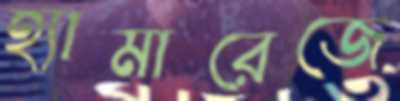
হ্যামারেজে